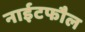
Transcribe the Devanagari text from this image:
नाईटफौल